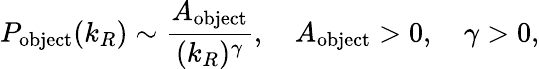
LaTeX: P_{\textrm{object}}(k_{R})\sim\frac{A_{\textrm{object}}}{(k_{R})^{\gamma}},\quad A_{\textrm{object}}>0,\quad\gamma>0,